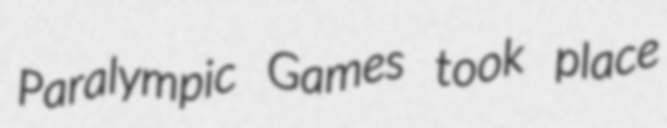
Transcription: Paralympic Games took place